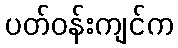
ပတ်ဝန်းကျင်က